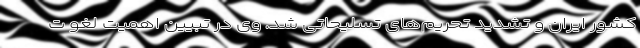
کشور ایران و تشدید تحریم‌های تسلیحاتی شد. وی در تبیین اهمیت لغو ت